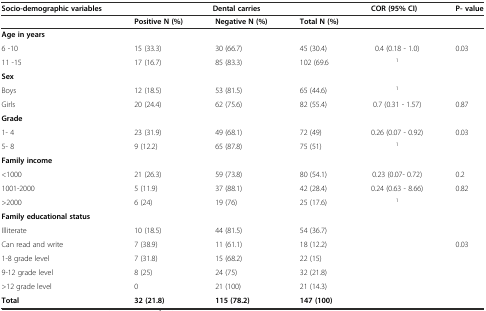
<table><thead><tr><td><b>Socio-demographic variables</b></td><td></td><td><b>Dental carries</b></td><td></td><td><b>COR (95% CI)</b></td><td><b>P- value</b></td></tr><tr><td></td><td><b>Positive N (%)</b></td><td><b>Negative N (%)</b></td><td><b>Total N (%)</b></td><td></td><td></td></tr></thead><tbody><tr><td><b>Age in years</b></td><td></td><td></td><td></td><td></td><td></td></tr><tr><td>6 -10</td><td>15 (33.3)</td><td>30 (66.7)</td><td>45 (30.4)</td><td>0.4 (0.18 - 1.0)</td><td>0.03</td></tr><tr><td>11 -15</td><td>17 (16.7)</td><td>85 (83.3)</td><td>102 (69.6</td><td><sup>1</sup></td><td></td></tr><tr><td><b>Sex</b></td><td></td><td></td><td></td><td></td><td></td></tr><tr><td>Boys</td><td>12 (18.5)</td><td>53 (81.5)</td><td>65 (44.6)</td><td><sup>1</sup></td><td></td></tr><tr><td>Girls</td><td>20 (24.4)</td><td>62 (75.6)</td><td>82 (55.4)</td><td>0.7 (0.31 - 1.57)</td><td>0.87</td></tr><tr><td><b>Grade</b></td><td></td><td></td><td></td><td></td><td></td></tr><tr><td>1- 4</td><td>23 (31.9)</td><td>49 (68.1)</td><td>72 (49)</td><td>0.26 (0.07 - 0.92)</td><td>0.03</td></tr><tr><td>5- 8</td><td>9 (12.2)</td><td>65 (87.8)</td><td>75 (51)</td><td><sup>1</sup></td><td></td></tr><tr><td><b>Family income</b></td><td></td><td></td><td></td><td></td><td></td></tr><tr><td>&lt;1000</td><td>21 (26.3)</td><td>59 (73.8)</td><td>80 (54.1)</td><td>0.23 (0.07- 0.72)</td><td>0.2</td></tr><tr><td>1001-2000</td><td>5 (11.9)</td><td>37 (88.1)</td><td>42 (28.4)</td><td>0.24 (0.63 - 8.66)</td><td>0.82</td></tr><tr><td>&gt;2000</td><td>6 (24)</td><td>19 (76)</td><td>25 (17.6)</td><td><sup>1</sup></td><td></td></tr><tr><td><b>Family educational status</b></td><td></td><td></td><td></td><td></td><td></td></tr><tr><td>Illiterate</td><td>10 (18.5)</td><td>44 (81.5)</td><td>54 (36.7)</td><td></td><td></td></tr><tr><td>Can read and write</td><td>7 (38.9)</td><td>11 (61.1)</td><td>18 (12.2)</td><td></td><td>0.03</td></tr><tr><td>1-8 grade level</td><td>7 (31.8)</td><td>15 (68.2)</td><td>22 (15)</td><td></td><td></td></tr><tr><td>9-12 grade level</td><td>8 (25)</td><td>24 (75)</td><td>32 (21.8)</td><td></td><td></td></tr><tr><td>&gt;12 grade level</td><td>0</td><td>21 (100)</td><td>21 (14.3)</td><td></td><td></td></tr><tr><td><b>Total</b></td><td><b>32 (21.8)</b></td><td><b>115 (78.2)</b></td><td><b>147 (100)</b></td><td></td><td></td></tr></tbody></table>